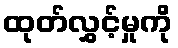
ထုတ်လွှင့်မှုကို